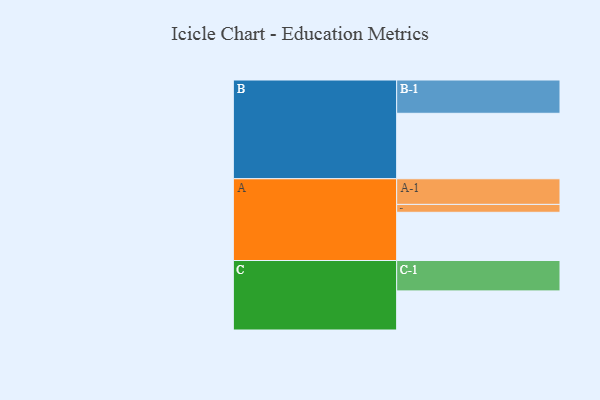
{"axis": {"x": "Segment", "y": "Value"}, "legend": ["", "A", "B", "C"], "data": [{"x": "A", "y": 397, "type": ""}, {"x": "B", "y": 539, "type": ""}, {"x": "C", "y": 322, "type": ""}, {"x": "A-1", "y": 211, "type": "A"}, {"x": "A-2", "y": 65, "type": "A"}, {"x": "B-1", "y": 274, "type": "B"}, {"x": "C-1", "y": 250, "type": "C"}]}